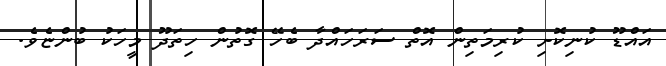
އައްޑޫ ކުނިކޮށި ކުރިމަތިން އޮތް ސަރަހައްދާ ބެހޭ ގޮތުން ހިތަދޫ މީހަކު ބުންޏެވެ.